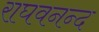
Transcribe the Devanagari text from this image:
राघवनन्द